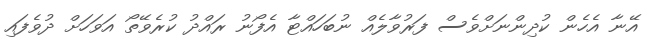
އޭނާ އެހެން ކުދިންނަށްވެސް ފަރުވާލެއް ނުބަހައްޓާ އެފޯނު ރައްދު ކުރެވޭތޯ އަވަހަށް ދުވެފައި